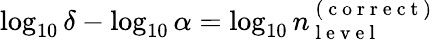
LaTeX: \log_{10}\delta-\log_{10}\alpha=\log_{10}n_{\mathrm{~l~e~v~e~l~}}^{\mathrm{~(~c~o~r~r~e~c~t~)~}}